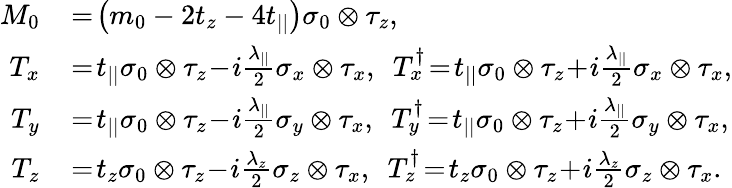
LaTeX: \begin{array}{rl}{M_{0}}&{{}\! =\! \left(m_{0}-2t_{z}-4t_{||}\right)\sigma_{0}\otimes\tau_{z},}\\ {T_{x}}&{{}\! =\! t_{||}\sigma_{0}\otimes\tau_{z}\! -\! i\frac{\lambda_{||}}{2}\sigma_{x}\otimes\tau_{x},~~T_{x}^{\dagger}\! =\! t_{||}\sigma_{0}\otimes\tau_{z}\! +\! i\frac{\lambda_{||}}{2}\sigma_{x}\otimes\tau_{x},}\\ {T_{y}}&{{}\! =\! t_{||}\sigma_{0}\otimes\tau_{z}\! -\! i\frac{\lambda_{||}}{2}\sigma_{y}\otimes\tau_{x},~~T_{y}^{\dagger}\! =\! t_{||}\sigma_{0}\otimes\tau_{z}\! +\! i\frac{\lambda_{||}}{2}\sigma_{y}\otimes\tau_{x},}\\ {T_{z}}&{{}\! =\! t_{z}\sigma_{0}\otimes\tau_{z}\! -\! i\frac{\lambda_{z}}{2}\sigma_{z}\otimes\tau_{x},~~T_{z}^{\dagger}\! =\! t_{z}\sigma_{0}\otimes\tau_{z}\! +\! i\frac{\lambda_{z}}{2}\sigma_{z}\otimes\tau_{x}.}\end{array}